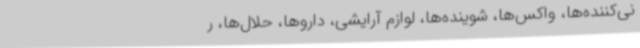
نی‌کننده‌ها، واکس‌ها، شوینده‌ها، لوازم آرایشی، داروها، حلال‌ها، ر